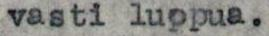
vasti luopua.